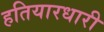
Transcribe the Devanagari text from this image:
हतियारधारी